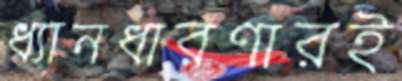
ধ্যানধারণারই